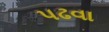
પઢવા